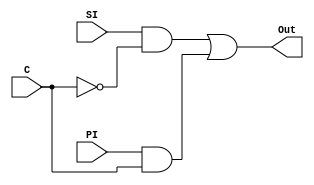
module MUX(SI, PI, C, Out);
  input SI, PI, C;
  output Out;
  
  assign Out = (SI&(~C))|(PI&C);
endmodule